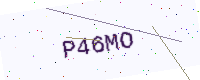
Text: P46MO